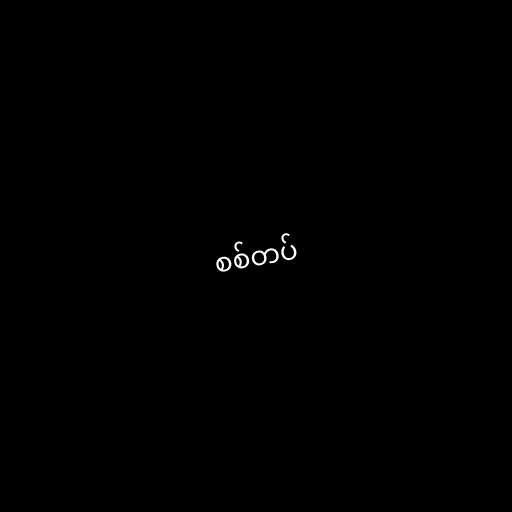
စစ်တပ်